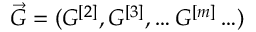
\vec { G } = ( G ^ { [ 2 ] } , G ^ { [ 3 ] } , \ldots G ^ { [ m ] } \ldots )